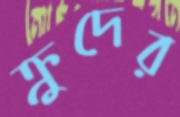
ক্রুদের